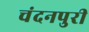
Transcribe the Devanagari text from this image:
चंदनपुरी